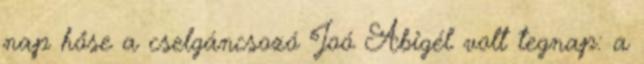
nap hőse a cselgáncsozó Joó Abigél volt tegnap: a